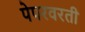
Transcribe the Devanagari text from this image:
पेपरवरती